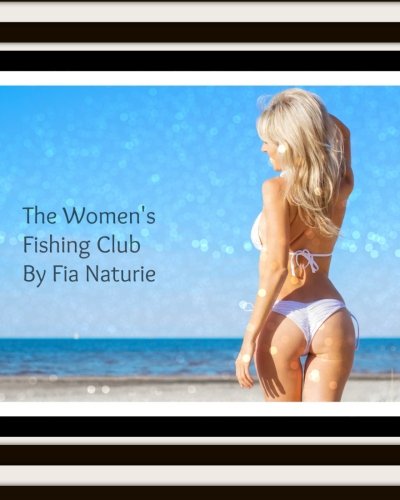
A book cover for The Women's Fishing Club: Erotica (WFC) (Volume 1); Fia Naturie; Literature & Fiction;